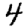
Digit: 4